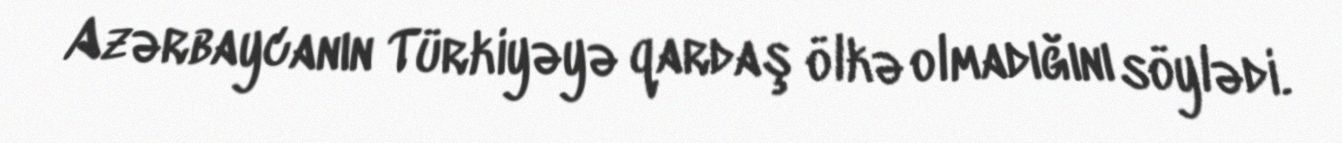
Azərbaycanın Türkiyəyə qardaş ölkə olmadığını söylədi.